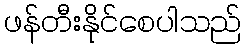
ဖန်တီးနိုင်စေပါသည်